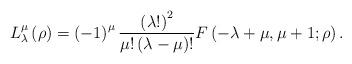
LaTeX: \begin{align*}L_{\lambda }^{\mu }\left( \rho \right) =\left( -1\right) ^{\mu }\frac{\left(\lambda !\right) ^{2}}{\mu !\left( \lambda -\mu \right) !}F\left( -\lambda+\mu ,\mu +1;\rho \right) .\end{align*}